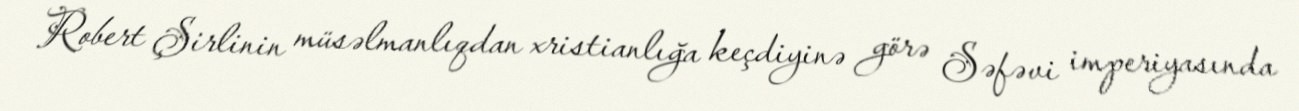
Robert Şirlinin müsəlmanlıqdan xristianlığa keçdiyinə görə Səfəvi imperiyasında